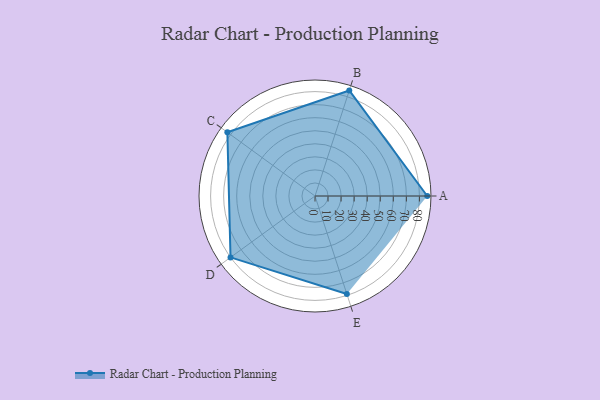
{"axis": {"x": "Skill", "y": "Score"}, "legend": ["Profile"], "data": [{"x": "A", "y": 86.0, "type": "Profile"}, {"x": "B", "y": 85.0, "type": "Profile"}, {"x": "C", "y": 83.0, "type": "Profile"}, {"x": "D", "y": 80.0, "type": "Profile"}, {"x": "E", "y": 79.0, "type": "Profile"}]}